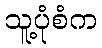
သူ့ပုံစံက